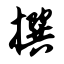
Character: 撰